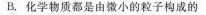
B.化学物质都是由微小的粒子构成的